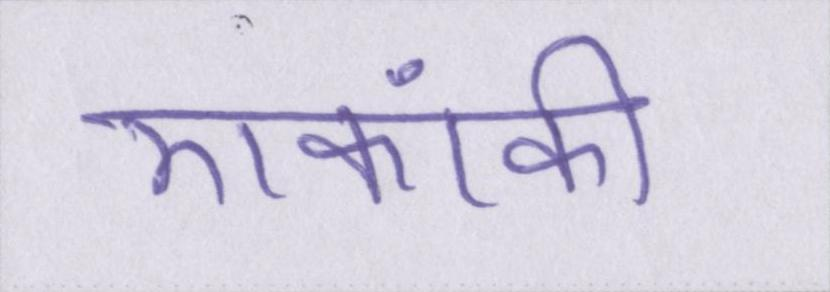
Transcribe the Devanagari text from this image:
एकांकी